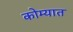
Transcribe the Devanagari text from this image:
कोम्यात